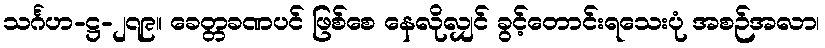
သင်္ဂဟ-ဋ္ဌ-၂၇၉။ ခေတ္တခဏပင် ဖြစ်စေ နေလိုလျှင် ခွင့်တောင်းရသေးပုံ အစဉ်အလာ၊